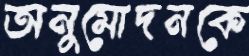
অনুমোদনকে